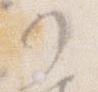
か